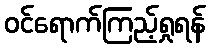
ဝင်ရောက်ကြည့်ရှုရန်